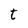
Character: t